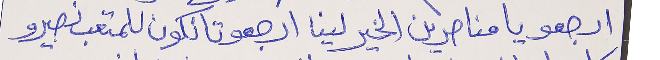
ارجعو يا مناصرين الخير لينا ارجعو تا نكون للمتعب نصيرو